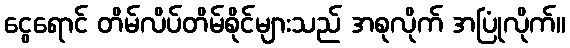
ငွေရောင် တိမ်လိပ်တိမ်စိုင်များသည် အစုလိုက် အပြုံလိုက်။